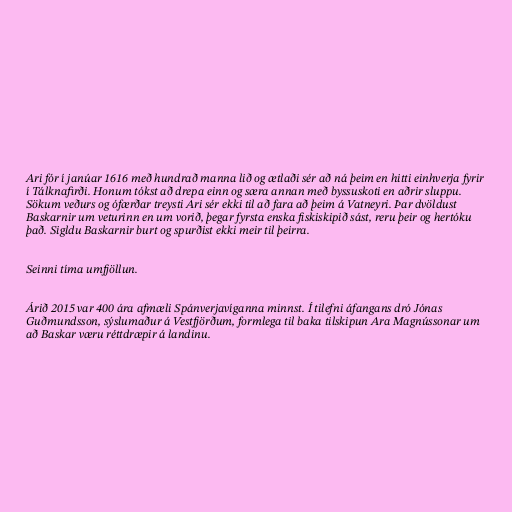
Ari fór í janúar 1616 með hundrað manna lið og ætlaði sér að ná þeim en hitti einhverja fyrir
í Tálknafirði. Honum tókst að drepa einn og særa annan með byssuskoti en aðrir sluppu.
Sökum veðurs og ófærðar treysti Ari sér ekki til að fara að þeim á Vatneyri. Þar dvöldust
Baskarnir um veturinn en um vorið, þegar fyrsta enska fiskiskipið sást, reru þeir og hertóku
það. Sigldu Baskarnir burt og spurðist ekki meir til þeirra.

Seinni tíma umfjöllun.

Árið 2015 var 400 ára afmæli Spánverjavíganna minnst. Í tilefni áfangans dró Jónas
Guðmundsson, sýslumaður á Vestfjörðum, formlega til baka tilskipun Ara Magnússonar um
að Baskar væru réttdræpir á landinu.